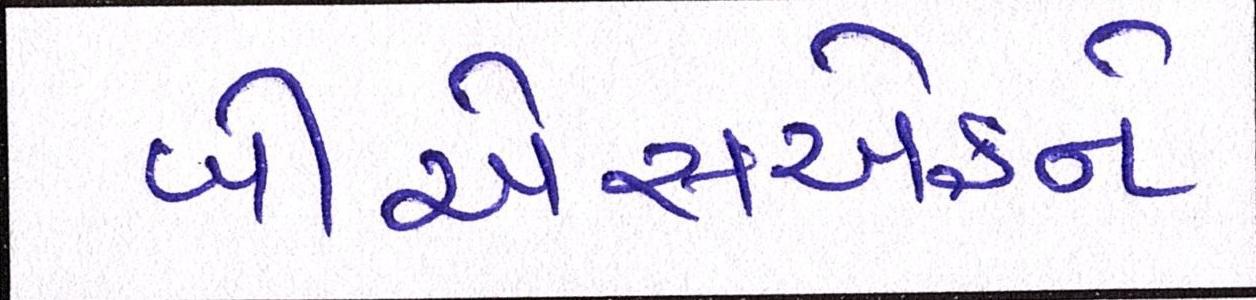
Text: બીએસએફને